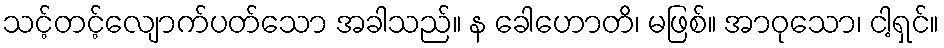
သင့်တင့်လျောက်ပတ်သော အခါသည်။ န ခေါဟောတိ၊ မဖြစ်။ အာဝုသော၊ ငါ့ရှင်။